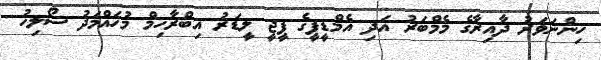
ހިންނަވަރު ދާއިރާގެ މެމްބަރު އަދި އެމްޑީޕީގެ ޕީޖީ ލީޑަރު އިބްރާހިމް މުހައްމަދު ސޯލިހު